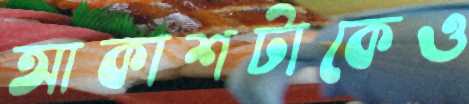
আকাশটাকেও